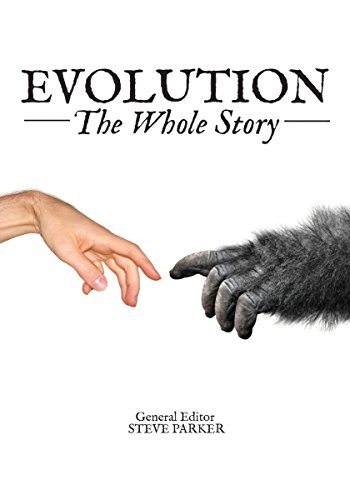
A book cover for Evolution: The Whole Story; Science & Math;